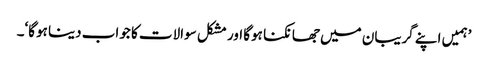
’ہمیں اپنے گریبان میں جھانکنا ہوگا اور مشکل سوالات کا جواب دینا ہوگا‘۔